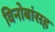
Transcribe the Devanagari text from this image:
विनोबांसह